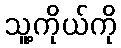
သူ့ကိုယ်ကို